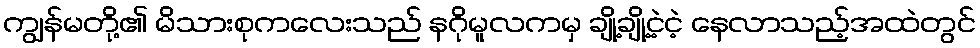
ကျွန်မတို့၏ မိသားစုကလေးသည် နဂိုမူလကမှ ချို့ချို့ငဲ့ငဲ့ နေလာသည့်အထဲတွင်